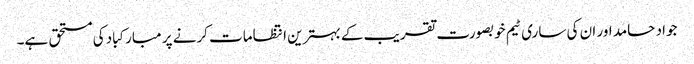
جواد حامد اور ان کی ساری ٹیم خوبصورت تقریب کے بہترین انتظامات کرنے پر مبارکباد کی مستحق ہے۔